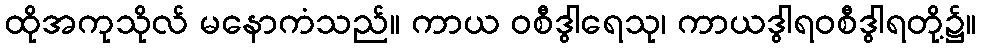
ထိုအကုသိုလ် မနောကံသည်။ ကာယ ဝစီဒွါရေသု၊ ကာယဒွါရဝစီဒွါရတို့၌။